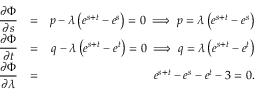
\begin{array} { r l r } { \displaystyle \frac { \partial \Phi } { \partial s } } & { = } & { p - \lambda \left( e ^ { s + t } - e ^ { s } \right) = 0 \implies p = \lambda \left( e ^ { s + t } - e ^ { s } \right) } \\ { \displaystyle \frac { \partial \Phi } { \partial t } } & { = } & { q - \lambda \left( e ^ { s + t } - e ^ { t } \right) = 0 \implies q = \lambda \left( e ^ { s + t } - e ^ { t } \right) } \\ { \displaystyle \frac { \partial \Phi } { \partial \lambda } } & { = } & { e ^ { s + t } - e ^ { s } - e ^ { t } - 3 = 0 . } \end{array}